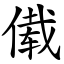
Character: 傤